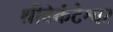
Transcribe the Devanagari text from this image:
श्रीवेकंटेश्वर